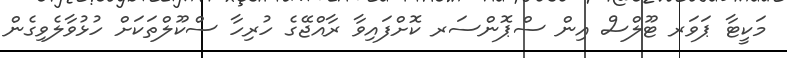
މަކީޓާ ޕަވަރ ޓޫލްސް އިން ސްޕޮންސަރ ކޮށްފައިވާ ރާއްޖޭގެ ހުރިހާ ސްކޫލްތަކަށް ހުޅުވާލެވިގެން